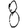
Digit: 8